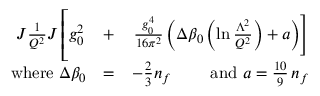
\begin{array} { r l r } { \! \! \! \! \! \! \! \! \! \! \! \! J { \frac { 1 } { Q ^ { 2 } } } J \left[ \rule { 0 cm } { 7 mm } g _ { 0 } ^ { 2 } \right. } & { + } & { \left. { \frac { g _ { 0 } ^ { 4 } } { 1 6 \pi ^ { 2 } } } \left( \Delta \beta _ { 0 } \left( \ln { \frac { \Lambda ^ { 2 } } { Q ^ { 2 } } } \right) + a \right) \right] } \\ { \mathrm { w h e r e \ } \Delta \beta _ { 0 } } & { = } & { - \frac 2 3 n _ { f } \mathrm { \qquad ~ a n d \ } a = \frac { 1 0 } 9 \, n _ { f } } \end{array}